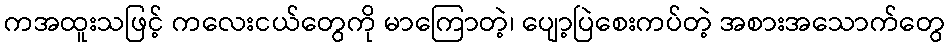
ကအထူးသဖြင့် ကလေးငယ်တွေကို မာကြောတဲ့၊ ပျော့ပြဲစေးကပ်တဲ့ အစားအသောက်တွေ